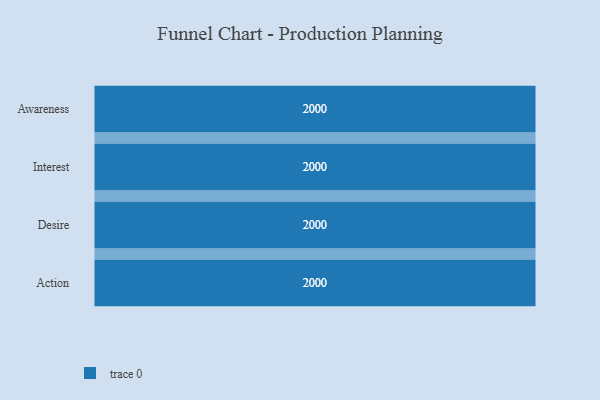
{"axis": {"x": "Stage", "y": "Value"}, "legend": [""], "data": [{"x": "Awareness", "y": 2000, "type": ""}, {"x": "Interest", "y": 2000, "type": ""}, {"x": "Desire", "y": 2000, "type": ""}, {"x": "Action", "y": 2000, "type": ""}]}